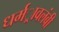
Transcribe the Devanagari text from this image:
धर्मर्ावलंबी